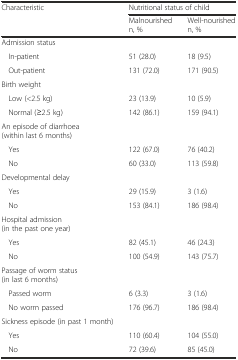
| <ROWSPAN=2> Characteristic | <COLSPAN=2> Nutritional status of child |
 | Malnourished n, % | Well-nourished n, % |
 | --- | --- | --- |
 | Admission status |  |  |
 | In-patient | 51 (28.0) | 18 (9.5) |
 | Out-patient | 131 (72.0) | 171 (90.5) |
 | Birth weight |  |  |
 | Low (<2.5 kg) | 23 (13.9) | 10 (5.9) |
 | Normal (≥2.5 kg) | 142 (86.1) | 159 (94.1) |
 | An episode of diarrhoea (within last 6 months) |  |  |
 | Yes | 122 (67.0) | 76 (40.2) |
 | No | 60 (33.0) | 113 (59.8) |
 | Developmental delay |  |  |
 | Yes | 29 (15.9) | 3 (1.6) |
 | No | 153 (84.1) | 186 (98.4) |
 | Hospital admission (in the past one year) |  |  |
 | Yes | 82 (45.1) | 46 (24.3) |
 | No | 100 (54.9) | 143 (75.7) |
 | Passage of worm status (in last 6 months) |  |  |
 | Passed worm | 6 (3.3) | 3 (1.6) |
 | No worm passed | 176 (96.7) | 186 (98.4) |
 | Sickness episode (in past 1 month) |  |  |
 | Yes | 110 (60.4) | 104 (55.0) |
 | No | 72 (39.6) | 85 (45.0) |